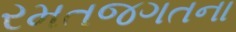
રમતજગતના